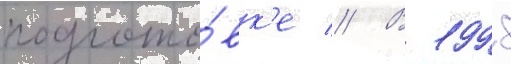
подгото́вк'е // В 1998